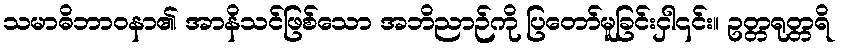
သမာဓိဘာဝနာ၏ အာနိသင်ဖြစ်သော အဘိညာဉ်ကို ပြတော်မူခြင်းငှါ၎င်း။ ဥတ္တရုတ္တရိ